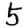
Digit: 5